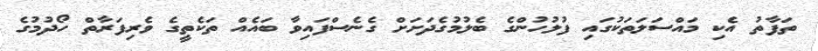
ތަފާތު އެކި މައްސަލަތަކުގައި ފުލުހުންގެ ބެލުމުގެދަށަށް ގެނެސްފައިވާ ބައެއް ތަކެތީގެ ވެރިފަރާތް ހޯދުމުގެ